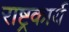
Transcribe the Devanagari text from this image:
राष्ट्रकार्य